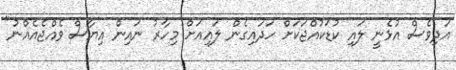
އަދިވެސް އުޅެނީ ލައި ކުޑަކުއްޖަކަށް ހަދައިގެން ލައިއަށް މިހާރު ނައިން އިޔާސް ވެއްޖެއެއްނު"